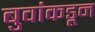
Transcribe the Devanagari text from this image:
बुवांकडून